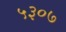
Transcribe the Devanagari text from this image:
५३०७